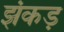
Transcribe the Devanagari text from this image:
झंकड़